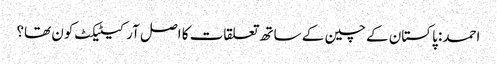
احمد: پاکستان کے چین کے ساتھ تعلقات کا اصل آرکیٹیکٹ کون تھا؟